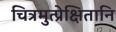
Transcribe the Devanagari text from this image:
चित्रमुत्प्रेक्षितानि